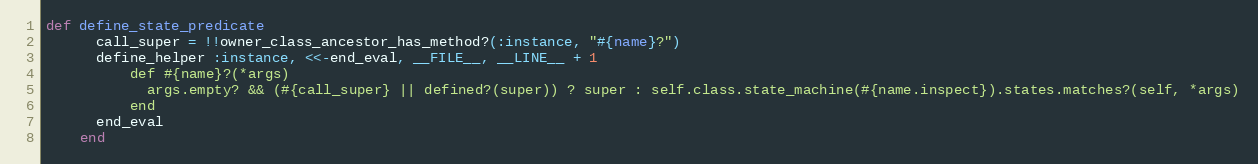
Language: Ruby
def define_state_predicate
      call_super = !!owner_class_ancestor_has_method?(:instance, "#{name}?")
      define_helper :instance, <<-end_eval, __FILE__, __LINE__ + 1
          def #{name}?(*args)
            args.empty? && (#{call_super} || defined?(super)) ? super : self.class.state_machine(#{name.inspect}).states.matches?(self, *args)
          end
      end_eval
    end